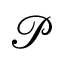
\mathcal { P }